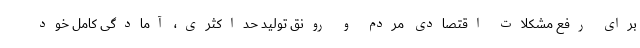
برای رفع مشکلات اقتصادی مردم و رونق تولید حداکثری، آمادگی کامل خود